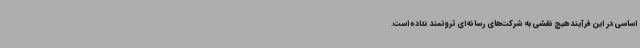
اساسی در این فرآیند هیچ نقشی به شرکت‌های رسانه‌ای ثروتمند نداده است.